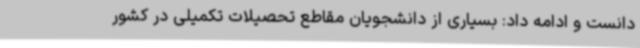
دانست و ادامه داد: بسیاری از دانشجویان مقاطع تحصیلات تکمیلی در کشور